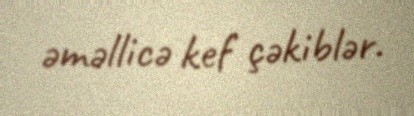
əməllicə kef çəkiblər.